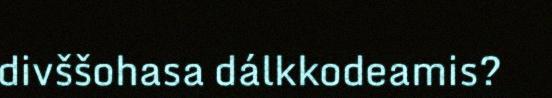
divššohasa dálkkodeamis?